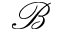
\mathcal { B }